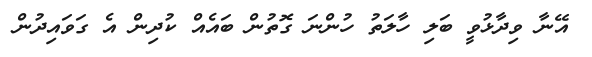
އޭނާ ވިދާޅުވީ ބަލި ހާލަތު ހުންނަ ގޮތުން ބައެއް ކުދިން އެ ގަވައިދުން